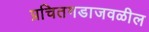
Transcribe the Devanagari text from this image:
प्रचितगडाजवळील